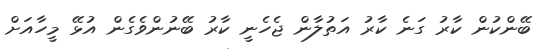
ބޭންކުން ކާރު ގަނެ ކާރު އަތުލާން ޖެހެނީ ކާރު ބޭނުންވެގެން އުޅޭ މީހާއަށް